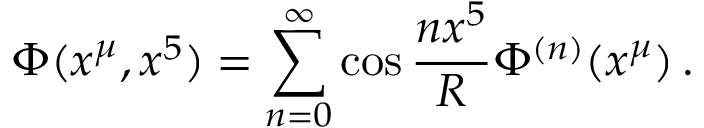
\Phi ( x ^ { \mu } , x ^ { 5 } ) = \sum _ { n = 0 } ^ { \infty } \cos \frac { n x ^ { 5 } } { R } \Phi ^ { ( n ) } ( x ^ { \mu } ) \, .